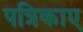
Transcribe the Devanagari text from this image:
पत्रिकाए